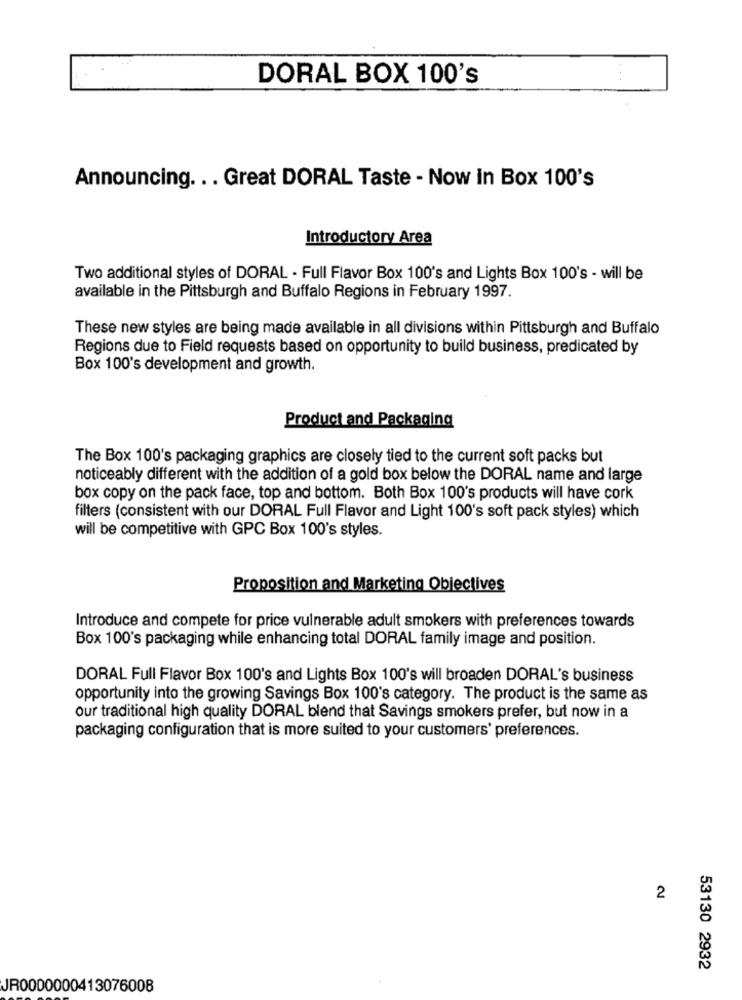
DORAL BOX 100's
Announcing. .. Great DORAL Taste - Now in Box 100's
Introductory Area
Two additional styles of DORAL - Full Flavor Box 100's and Lights Box 100's - will be
available in the Pittsburgh and Buffalo Regions in February 1997.
These new styles are being made available in all divisions within Pittsburgh and Buffalo
Regions due to Field requests based on opportunity to build business, predicated by
Box 100's development and growth.
Product and Packaging
The Box 100's packaging graphics are closely tied to the current soft packs but
noticeably different with the addition of a gold box below the DORAL name and large
box copy on the pack face, top and bottom. Both Box 100's products will have cork
filters (consistent with our DORAL Full Flavor and Light 100's soft pack styles) which
will be competitive with GPC Box 100's styles.
Proposition and Marketing Objectives
Introduce and compete for price vulnerable adult smokers with preferences towards
Box 100's packaging while enhancing total DORAL family image and position.
DORAL Full Flavor Box 100's and Lights Box 100's will broaden DORAL's business
opportunity into the growing Savings Box 100's category. The product is the same as
our traditional high quality DORAL blend that Savings smokers prefer, but now in a
packaging configuration that is more suited to your customers' preferences.
2
53130 2932
JR0000000413076008